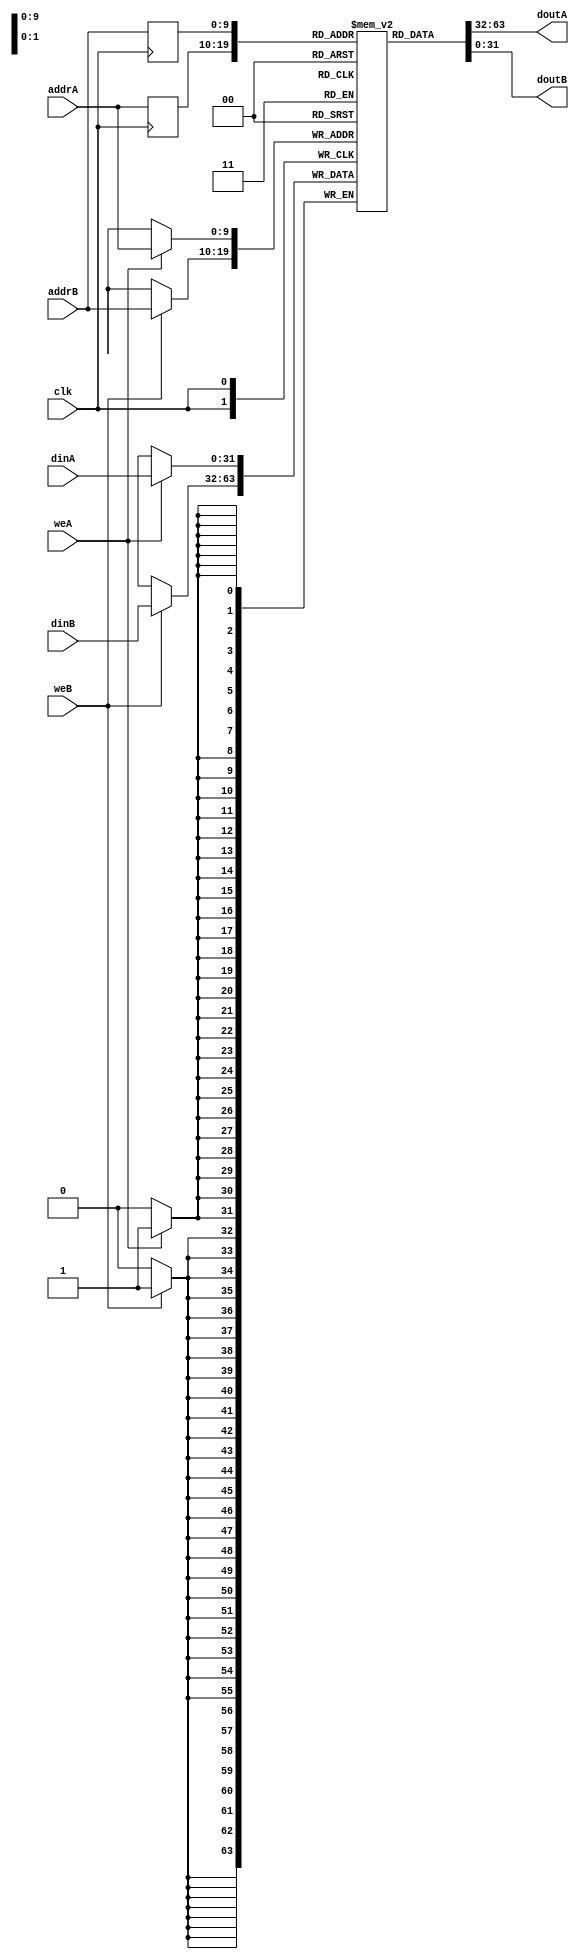
module ram_true_reg_addr_dp_1024x32 (clk, weA, weB, addrA, addrB, dinA, dinB, doutA, doutB);
    input clk, weA, weB;
    input [9:0] addrA, addrB;
    input [31:0] dinA, dinB;
    output [31:0] doutA, doutB;
    
    reg [9:0] reg_addrA, reg_addrB;
    reg [31:0] ram [1023:0];
    always @(posedge clk)
    begin
        if (weA)
            ram[addrA] <= dinA;
            reg_addrA <= addrA;
        if (weB)
            ram[addrB] <= dinB;
            reg_addrB <= addrB;
    end

    assign doutA = ram[reg_addrA];
    assign doutB = ram[reg_addrB];

endmodule